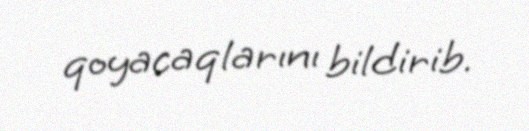
qoyacaqlarını bildirib.